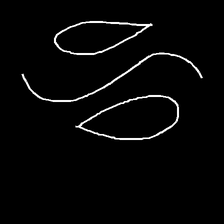
Glyph: water